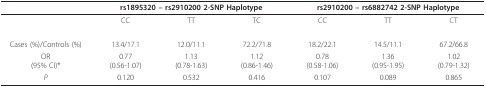
<table><thead><tr><td></td><td colspan="3"><b>rs1895320 -- rs2910200 2-SNP Haplotype</b></td><td colspan="3"><b>rs2910200 -- rs6882742 2-SNP Haplotype</b></td></tr></thead><tbody><tr><td></td><td>CC</td><td>TT</td><td>TC</td><td>CC</td><td>TT</td><td>CT</td></tr><tr><td>Cases (%)/Controls (%)</td><td>13.4/17.1</td><td>12.0/11.1</td><td>72.2/71.8</td><td>18.2/22.1</td><td>14.5/11.1</td><td>67.2/66.8</td></tr><tr><td>OR(95% CI)*</td><td>0.77(0.56-1.07)</td><td>1.13(0.78-1.63)</td><td>1.12(0.86-1.46)</td><td>0.78(0.58-1.06)</td><td>1.36(0.95-1.95)</td><td>1.02(0.79-1.32)</td></tr><tr><td><i>P</i></td><td>0.120</td><td>0.532</td><td>0.416</td><td>0.107</td><td>0.089</td><td>0.865</td></tr></tbody></table>